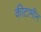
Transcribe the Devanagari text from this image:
कीटामीन